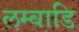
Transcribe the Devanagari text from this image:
लम्बाडि